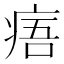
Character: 痦